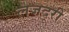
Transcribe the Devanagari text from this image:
लजदूरी